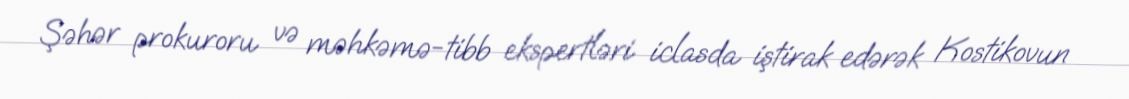
Şəhər prokuroru və məhkəmə-tibb ekspertləri iclasda iştirak edərək Kostikovun